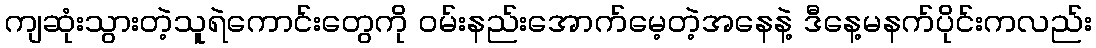
ကျဆုံးသွားတဲ့သူရဲကောင်းတွေကို ဝမ်းနည်းအောက်မေ့တဲ့အနေနဲ့ ဒီနေ့မနက်ပိုင်းကလည်း